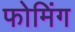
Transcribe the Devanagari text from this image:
फोमिंग